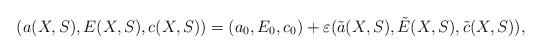
LaTeX: \begin{align*}(a(X,S),E(X,S),c(X,S))=(a_0,E_0,c_0)+\varepsilon(\tilde a(X,S),\tilde E(X,S),\tilde c(X,S)),\end{align*}